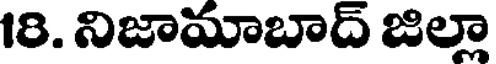
18. నిజామాబాద్ జిల్లా